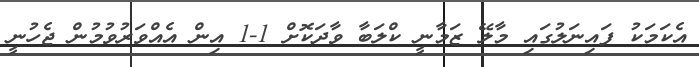
އެކަމަކު ފައިނަލުގައި މާލޭ ޒަމާނީ ކްލަބާ ވާދަކޮށް 1-1 އިން އެއްވަރުވުމުން ޖެހުނީ